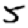
Digit: 5